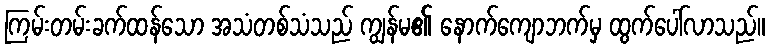
ကြမ်းတမ်းခက်ထန်သော အသံတစ်သံသည် ကျွန်မ၏ နောက်ကျောဘက်မှ ထွက်ပေါ်လာသည်။